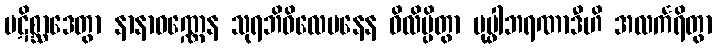
ပဋိစ္ဆာဒေတွာ နာနာဝဏ္ဏေန သုရဘိဝိလေပနေန ဝိလိမ္ပိတွာ ပုပ္ဖါဘရဏာဒီဟိ အလင်္ကရိတွာ